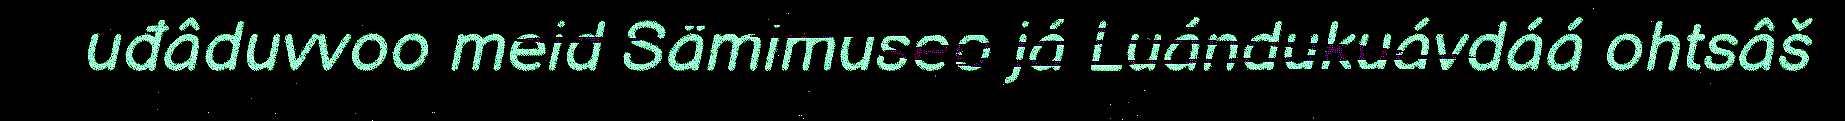
uđâduvvoo meid Sämimuseo já Luándukuávdáá ohtsâš